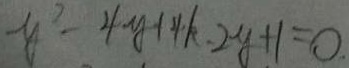
y ^ { 2 } - 4 y + 4 k - 2 y + 1 = 0 .